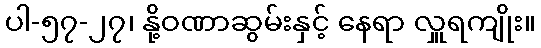
ပါ-၅၇-၂၇၊ နို့ဝဏာဆွမ်းနှင့် နေရာ လှူရကျိုး။